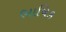
ભાષિક